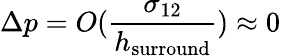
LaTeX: \Delta p=O(\frac{\sigma_{12}}{h_{\mathrm{{surround}}}})\approx 0